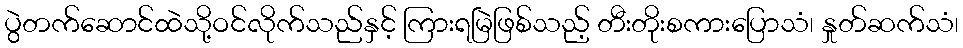
ပွဲတက်ဆောင်ထဲသို့ဝင်လိုက်သည်နှင့် ကြားရမြဲဖြစ်သည့် တီးတိုးစကားပြောသံ၊ နှုတ်ဆက်သံ၊